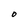
Character: O